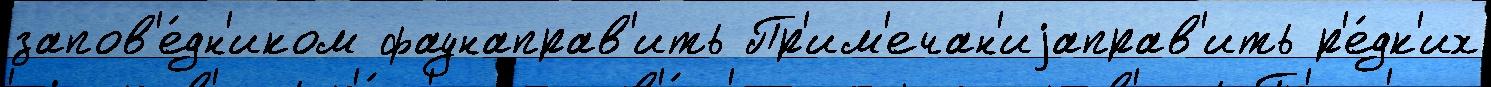
запов'е́дн'иком фаунаправ'ить Пр'им'ечан'иjаправ'ить р'е́дк'их